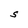
Character: S